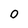
Character: O